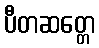
ပီတဆတ္တေ